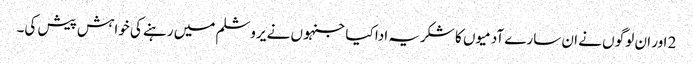
2 اور ان لوگو ں نے ان سارے آدمیو ں کا شکریہ ادا کیا جنہو ں نے یروشلم میں رہنے کی خواہش پیش کی۔